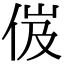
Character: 𠈶